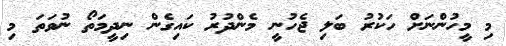
މި މީހުންނަށް ހަކުރު ބަލި ޖެހުނީ މެންދުރު ކައިގެން ނިދީމަތޯ ނުވަތަ މި